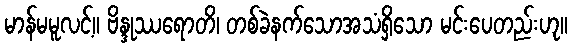
မာန်မမူလင့်။ ဗိန္ဒုဿရောတိ၊ တစ်ခဲနက်သောအသံရှိသော မင်းပေတည်းဟု။